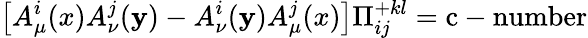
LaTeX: \left[A_{\mu}^{i}(x)A_{\nu}^{j}(\mathbf{y})-A_{\nu}^{i}(\mathbf{y})A_{\mu}^{j}(x)\right]\Pi_{ij}^{+kl}=\mathrm{{c-number}}